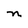
Character: n